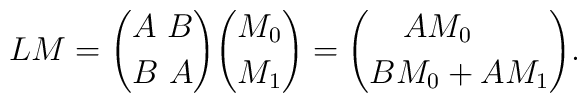
L M={A \ B \choose B \ A}{M_0 \choose M_1}={A M_0 \ \quad \choose B M_0+A M_1}.